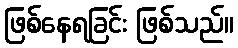
ဖြစ်နေရခြင်း ဖြစ်သည်။